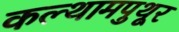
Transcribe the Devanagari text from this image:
कल्थामपुथूर